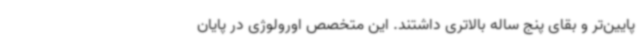
پایین‌تر و بقای پنج ساله بالاتری داشتند. این متخصص اورولوژی در پایان